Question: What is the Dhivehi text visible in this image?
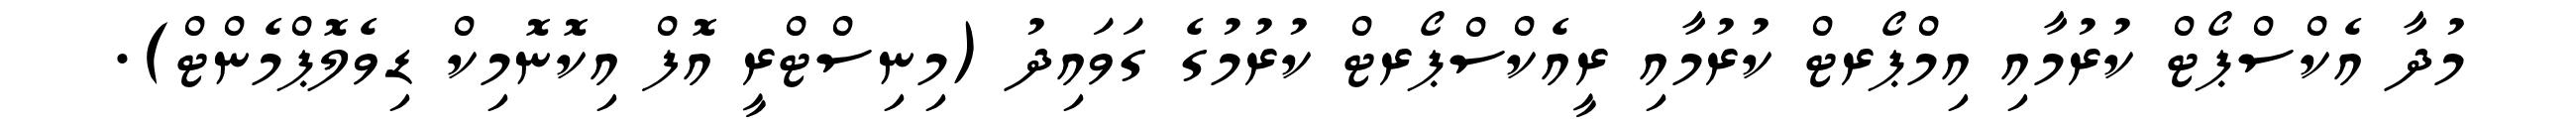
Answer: މުދާ އެކްސްޕޯޓް ކުރުމާއި އިމްޕޯރޓް ކުރުމާއި ރީއެކްސްޕޯރޓް ކުރުމުގެ ގަވައިދު (މިނިސްޓްރީ އޮފް އިކޮނޮމިކް ޑިވެލޮޕްމެންޓް).